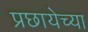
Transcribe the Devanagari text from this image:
प्रछायेच्या